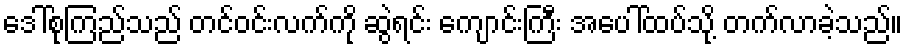
ဒေါ်စုကြည်သည် တင်ဝင်းလက်ကို ဆွဲရင်း ကျောင်းကြီး အပေါ်ထပ်သို့ တက်လာခဲ့သည်။